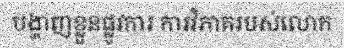
បង្ហាញខ្លួនផ្លូវការ ការវិភាគរបស់លោក